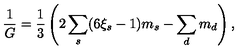
{ \frac { 1 } { G } } = \frac 1 3 \left( 2 \sum _ { s } ( 6 \xi _ { s } - 1 ) m _ { s } - \sum _ { d } m _ { d } \right) ,